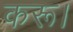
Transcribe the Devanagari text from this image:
करू।